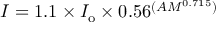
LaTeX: I = 1 . 1 \times I _ { \mathrm { o } } \times 0 . 5 6 ^ { ( A M ^ { 0 . 7 1 5 } ) }